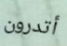
أتدرون